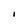
Character: i